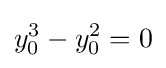
y_{0}^{3}-y_{0}^{2}=0